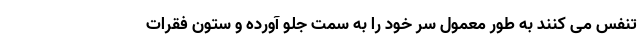
تنفس می کنند به طور معمول سر خود را به سمت جلو آورده و ستون فقرات